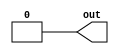
module f7_test_3(output out);
assign out = 1'b0;
endmodule